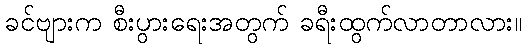
ခင်ဗျားက စီးပွားရေးအတွက် ခရီးထွက်လာတာလား။